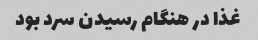
غذا در هنگام رسیدن سرد بود